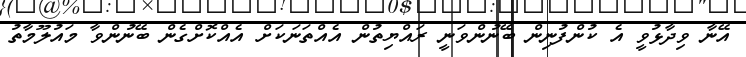
އޭނާ ވިދާޅުވީ އެ ކުންފުނިން ބޭނުންވަނީ ރައްޔިތުން އެއްތަނަކަށް އެއްކޮށްގެން ބޭނުންވާ މައުލޫމާތު